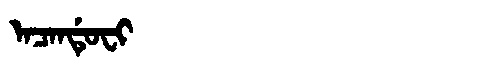
Manchu: ᠠᠴᠠᠨᡩᡠᠸᡳ
Romanization: ACANDUFI